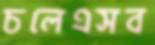
চলেএসব